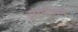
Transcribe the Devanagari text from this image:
ट्रांसग्रेशन